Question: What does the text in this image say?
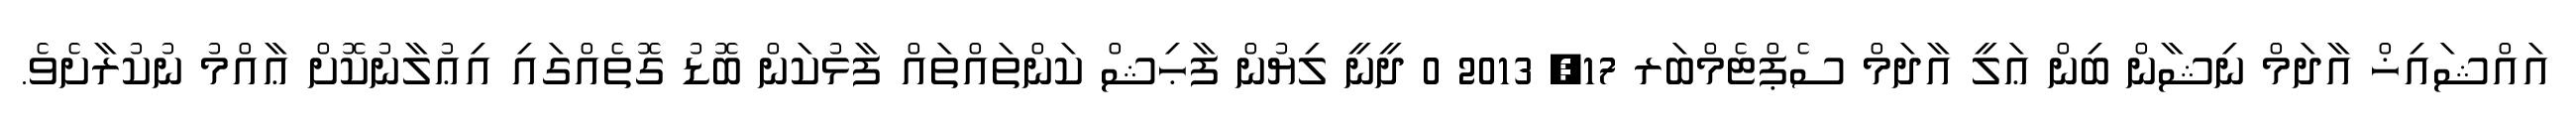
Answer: އައްޝައިޚް އާދަމް ނިޝާން ބިން ޢަލީ އާދަމް ސެޕްޓެމްބަރ 17, 2013 0 ދީނީ ލިޔުން ފާޙިޝް ކަންތައްތައް ފާޅުކަން ބޮޑު ގޮތެއްގައި އިޢުލާނުކޮށް ޢާއްމު ނުކުރާށެވެ.